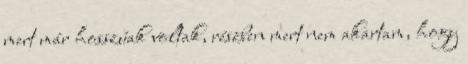
mert már hosszúak voltak, részben mert nem akartam, hogy